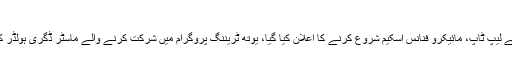
ماسٹر ڈگری ہولڈر کیلئے وظیفے کا اعلان
وفاقی بجٹ میں ملک بھر کے نوجوانوں کیلئے لیپ ٹاپ، مائیکرو فنانس اسکیم شروع کرنے کا اعلان کیا گیا، یوتھ ٹریننگ پروگرام میں شرکت کرنے والے ماسٹر ڈگری ہولڈر کو دس ہزار روپے ماہانہ وظیفہ بھی ملے گا۔